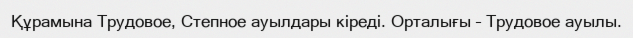
Құрамына Трудовое, Степное ауылдары кіреді. Орталығы – Трудовое ауылы.